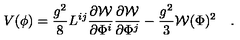
V ( \phi ) = \frac { g ^ { 2 } } { 8 } L ^ { i j } \frac { \partial { \cal W } } { \partial \Phi ^ { i } } \frac { \partial { \cal W } } { \partial \Phi ^ { j } } - \frac { g ^ { 2 } } { 3 } { \cal W } ( \Phi ) ^ { 2 } \quad .